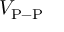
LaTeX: V _ { \mathrm { P - P } }